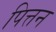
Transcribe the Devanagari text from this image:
पित्तन